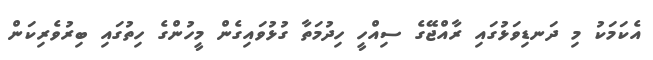
އެކަމަކު މި ދަނޑިވަޅުގައި ރާއްޖޭގެ ސިއްހީ ހިދުމަތާ ގުޅުވައިގެން މީހުންގެ ހިތުގައި ބިރުވެރިކަން